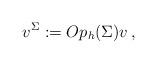
LaTeX: \begin{align*} v^{\Sigma} := Op_h(\Sigma)v \, , \end{align*}